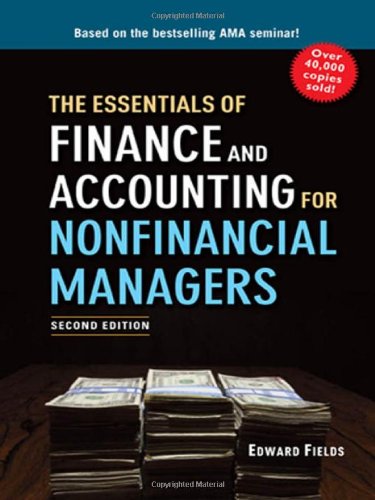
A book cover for The Essentials of Finance and Accounting for Nonfinancial Managers; Edward Fields; Business & Money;